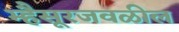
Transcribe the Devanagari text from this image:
म्हैसूरजवळील